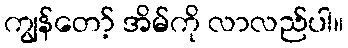
ကျွန်တော့် အိမ်ကို လာလည်ပါ။